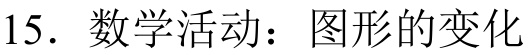
15. 数学活动：图形的变化